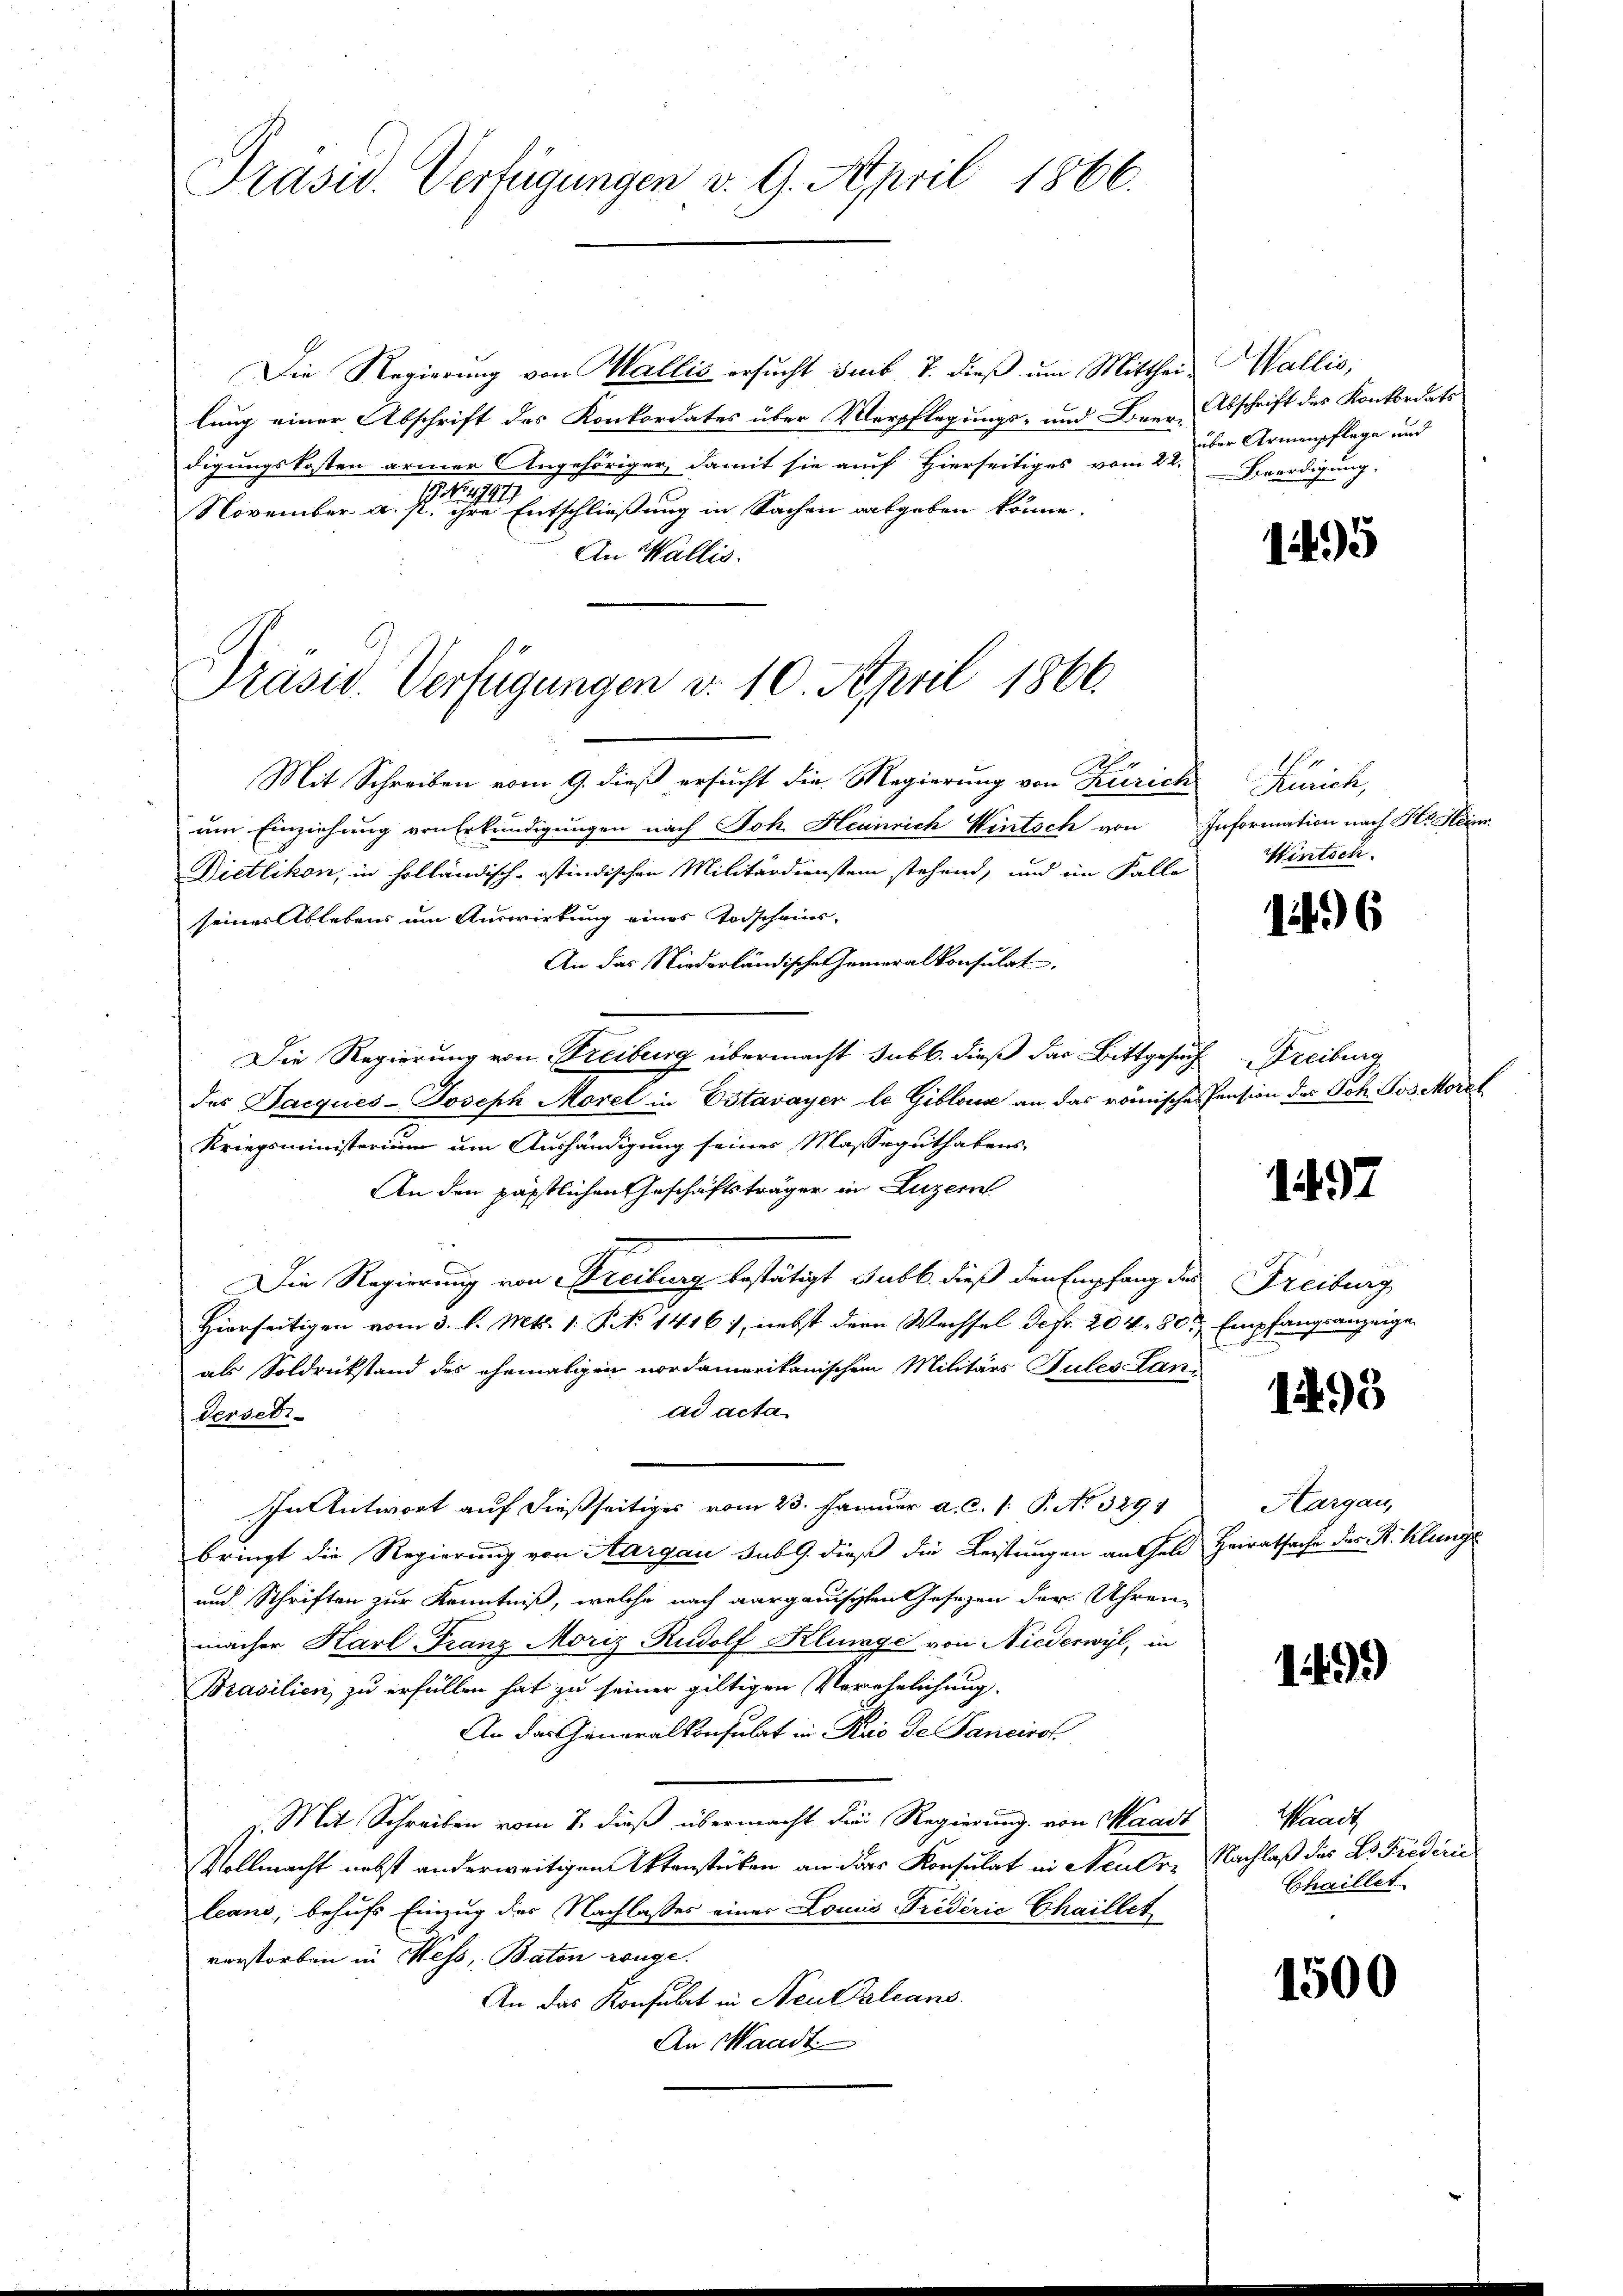
Präsid. Verfügungen v. 9. April 1866.

Die Regierung von Wallis ersucht sub 7. dieß um Mittheil Wallis,
lung einer Abschrift des Konkordates über Verpflegungs- und Beer, Abschrift des Konkordats
digungskosten armer Angehöriger, damit sie auf Hierseitiges vom 22. Beerdigung,
1 No 994
November a. s. ihre Entschließung in Sachen ausgeben könne.
An Wallis.
Mit Schreiben vom 9. dieß ersucht die Regierung von Zürich Zürich,
um Einziehung von Erkundigungen nach Joh. Heinrich Wintsch von Information nach Hr. Heim
Dietlikon, in holländisch-ostindischen Militärdienstein stehend, und im Falle
seiner Ablebens um Auswirkung eines Todscheins-
An das Niederländischen Generalkonsulat,
Die Regierung von Treiburg übermacht sub b. dieß das Bittgesuch Freiburg
des Jacques-Joseph Morel in Estavayer le Giblona an das römisches Pension der Joh. Jos. Morel
Kriegsministerium um Aushändigung seiner Masseguthabens
An den päpstlichen Geschäftsträger in Luzern
Die Regierung von Freiburg bestätigt sub b. dieß den Empfang des
Hierseitigen vom 3. l. Mts. 1. P. No 1416), nebst dern Wachsel de fr. 204. 20 t Empfangsanzeige
als Soldrückstand des ehemaligen nordamerikanischem Militärs Tules Lanad acta
Dersebi-
In Antwort auf dießseitiges vom 23. Januar a. c. 1. P. No 329
bringt die Regierung von Aargau sub 9. dieß die Leistungen an Feld Heiratsache des R. Klunge
und Schriften zur Kenntniß, welche nach Aargauischen Gesetzen der Uhrene
macher Karl Franz Moriz Rudolf Klinage von Niederwyl, in
Prasilien zu erfüllen hat zu seiner giltigen Verehelichung.
An das Generalkonsulat in Rio de Sancirol
z. Mit Schreiben vom 7. dieß übermacht die Regierung von Waadt
Vollmacht nebst anderweitigen Aktenstüken an das Konsulat in Aeuler Nachlaß des Dr. Frediri
leans, behufs Einzug des Nachlasses eines Louis Friderić Chaillet
vorstorben in Mess, Baton ange.
An das Konsulat in Neutralcans
An Waadt

Präsid. Verfügungen v. 10. April 1866.

über Armenpflege und

1495

Wintsch

1496

1497

Freiburg

1195

Hargau,

1499)

Waadt
Chaillet.

1500